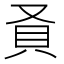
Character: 𬥎